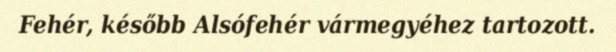
Fehér, később Alsófehér vármegyéhez tartozott.